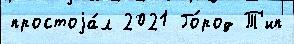
простоjа́л 2021 Го́род Т'ип